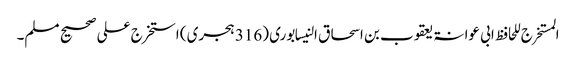
المستخرج للحافظ ابی عوانۃ یعقوب بن اسحاق النیسابوری (316 ہجری) استخرج علی صحیح مسلم۔